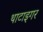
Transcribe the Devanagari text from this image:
थाटाइगर